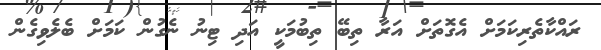
ރައްކާތެރިކަމަށް އެގޮތަށް އަރާ ތިބޭ ތިބުމަކީ އަދި ޓިނު ނެގުން ކަމަށް ބެލެވިގެން